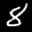
Label: 8